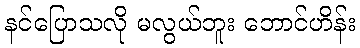
နင်ပြောသလို မလွယ်ဘူး ဘောင်ဟိန်း